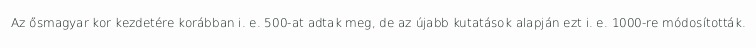
Az ősmagyar kor kezdetére korábban i. e. 500-at adtak meg, de az újabb kutatások alapján ezt i. e. 1000-re módosították.